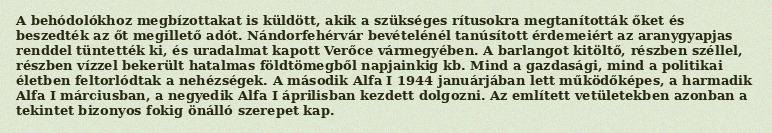
A behódolókhoz megbízottakat is küldött, akik a szükséges rítusokra megtanították őket és beszedték az őt megillető adót. Nándorfehérvár bevételénél tanúsított érdemeiért az aranygyapjas renddel tüntették ki, és uradalmat kapott Verőce vármegyében. A barlangot kitöltő, részben széllel, részben vízzel bekerült hatalmas földtömegből napjainkig kb. Mind a gazdasági, mind a politikai életben feltorlódtak a nehézségek. A második Alfa I 1944 januárjában lett működőképes, a harmadik Alfa I márciusban, a negyedik Alfa I áprilisban kezdett dolgozni. Az említett vetületekben azonban a tekintet bizonyos fokig önálló szerepet kap.